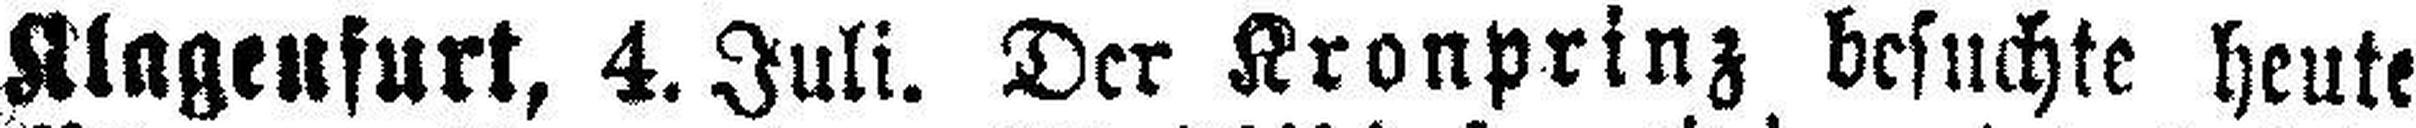
Klagenfurt, 4. Juli. Der Kronprinz besuchte heute